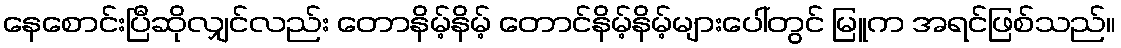
နေစောင်းပြီဆိုလျှင်လည်း တောနိမ့်နိမ့် တောင်နိမ့်နိမ့်များပေါ်တွင် မြူက အရင်ဖြစ်သည်။